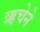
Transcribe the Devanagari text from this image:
ऋचेने